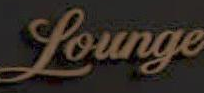
Lounge